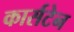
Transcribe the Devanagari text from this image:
कार्सटेन